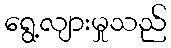
ရွေ့လျားမှုသည်